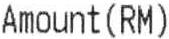
AMOUNT(RM)